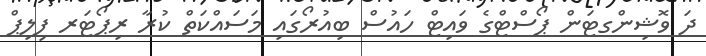
ދަ ވޮޝިންގޓަން ޕޯސްޓްގެ ވައިޓް ހައުސް ބިއުރޯގައި މަސައްކަތް ކުރާ ރިޕޯޓަރ ފިލިޕް